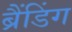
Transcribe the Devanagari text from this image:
ब्रैंडिंग